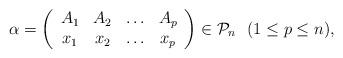
LaTeX: \begin{align*} \alpha=\left( \begin{array}{cccc} A_{1} & A_{2} & \ldots & A_{p} \\ x_{1} & x_{2} & \ldots & x_{p} \end{array} \right)\in \mathcal{P}_{n} ~~ (1\leq p\leq n), \end{align*}